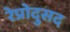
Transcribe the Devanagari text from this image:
रेप्रोदुसद